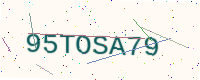
Text: 95TOSA79